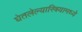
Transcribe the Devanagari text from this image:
घेतलेल्यास्त्रियामध्ये